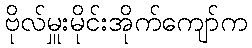
ဗိုလ်မှူးမိုင်းအိုက်ကျော်က